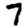
Digit: 7